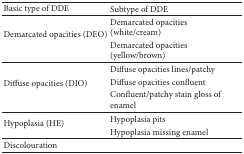
<table><thead><tr><td><b>Basic type of DDE</b></td><td><b>Subtype of DDE</b></td></tr></thead><tbody><tr><td rowspan="2">Demarcated opacities (DEO)</td><td>Demarcated opacities (white/cream)</td></tr><tr><td>Demarcated opacities (yellow/brown)</td></tr><tr><td rowspan="3">Diffuse opacities<i> </i> (DIO)</td><td>Diffuse opacities lines/patchy</td></tr><tr><td>Diffuse opacities confluent</td></tr><tr><td>Confluent/patchy stain gloss of enamel</td></tr><tr><td rowspan="2">Hypoplasia (HE)</td><td>Hypoplasia pits</td></tr><tr><td>Hypoplasia missing enamel</td></tr><tr><td>Discolouration</td><td> </td></tr></tbody></table>